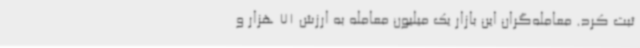
ثبت کرد. معامله‌گران این بازار یک میلیون معامله به ارزش 71 هزار و